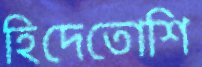
হিদেতোশি